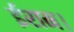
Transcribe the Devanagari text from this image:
ईरान।